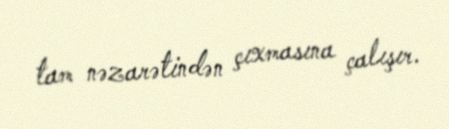
tam nəzarətindən çıxmasına çalışır.